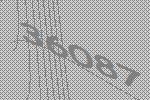
36087